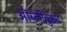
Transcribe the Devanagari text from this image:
ऑब्लीकुआ